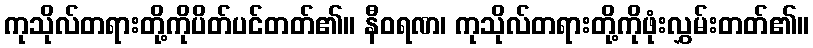
ကုသိုလ်တရားတို့ကိုပိတ်ပင်တတ်၏။ နီဝရဏ၊ ကုသိုလ်တရားတို့ကိုဖုံးလွှမ်းတတ်၏။